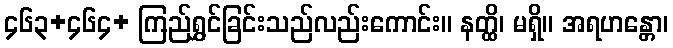
၄၆၃+၄၆၄+ ကြည်ရွှင်ခြင်းသည်လည်းကောင်း။ နတ္ထိ၊ မရှိ။ အရဟန္တော၊